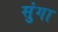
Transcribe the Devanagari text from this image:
सुंगा